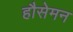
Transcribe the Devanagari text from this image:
हौसेमन